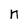
Character: n